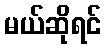
မယ်ဆိုရင်